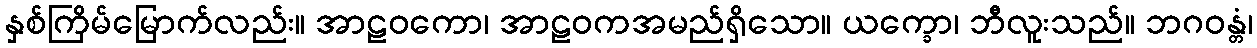
နှစ်ကြိမ်မြောက်လည်း။ အာဠဝကော၊ အာဠဝကအမည်ရှိသော။ ယက္ခော၊ ဘီလူးသည်။ ဘဂဝန္တံ၊